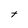
Character: t